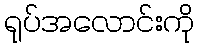
ရုပ်အလောင်းကို